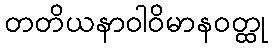
တတိယနာဝါဝိမာနဝတ္ထု